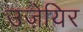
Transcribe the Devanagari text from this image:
उज़ेयिर